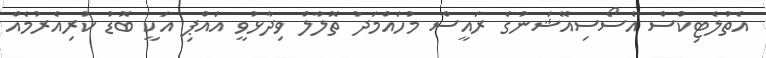
އެތުލެޓިކްސް އެސޯސިއޭޝަނުގެ ރައީސް މުހައްމަދު ތޮލާލް ވިދާޅުވީ އައްޕި އަކީ ބޮޑު ކުރިއެރުމެއް